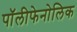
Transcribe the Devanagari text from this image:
पॉलीफेनोलिक